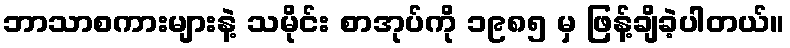
ဘာသာစကားများနဲ့ သမိုင်း စာအုပ်ကို ၁၉၈၅ မှ ဖြန့်ချိခဲ့ပါတယ်။